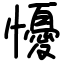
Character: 懮